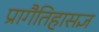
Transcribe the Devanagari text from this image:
प्रागैतिहासज्ञ